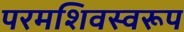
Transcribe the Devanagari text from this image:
परमशिवस्वरूप